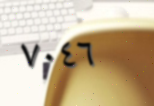
٧٠٤٦